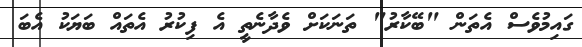
ގައިމުވެސް އެތަން "ބޭކާރު" ތަނަކަށް ވެދާނެތީ އެ ފިކުރު އެތައް ބަޔަކު އެބަ